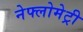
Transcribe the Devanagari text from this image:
नेफ्लोमेट्री